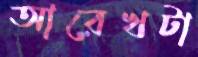
আরেখটা